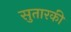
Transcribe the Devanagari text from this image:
सुतारकी